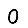
Digit: 0